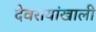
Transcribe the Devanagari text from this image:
देवरायांखाली